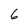
Character: 6